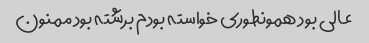
عالی بود همونطوری خواسته بودم برشته بود ممنون